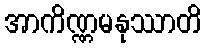
အာကိဏ္ဏမနုဿာတိ